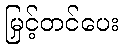
မြှင့်တင်ပေး